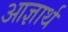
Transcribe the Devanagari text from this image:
आज्ञार्थ